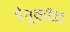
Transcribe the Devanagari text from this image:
पेनूकोंडा